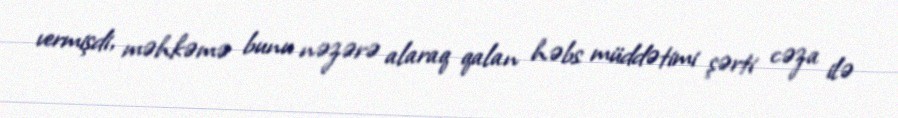
vermişdi, məhkəmə bunu nəzərə alaraq qalan həbs müddətimi şərti cəza ilə